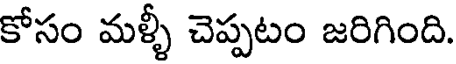
కోసం మళ్ళీ చెప్పటం జరిగింది.